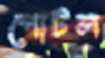
পোটল